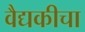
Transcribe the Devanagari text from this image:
वैद्यकीचा